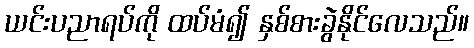
ယင်းပညာရပ်ကို ထပ်မံ၍ နှစ်စားခွဲနိုင်လေသည်။